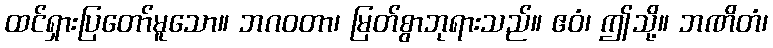
ထင်ရှားပြတော်မူသော။ ဘဂဝတာ၊ မြတ်စွာဘုရားသည်။ ဧဝံ၊ ဤသို့။ ဘဏိတံ၊